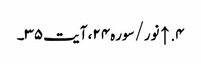
۴. ↑ نور/سوره۲۴، آیت ۳۵۔